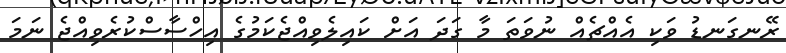
ރޭނގަނޑު ވަކި އެއްޗެއް ނުވަތަ މާ ގަދަ އަށް ކައިލެވިއްޖެކަމުގެ އިހްސާސްކުރެވިއްޖެ ނަމަ